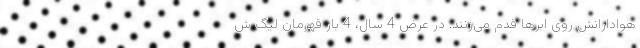
هوادارانش روی ابرها قدم می‌زنند. در عرض 4 سال، 4 بار قهرمان لیگ ش